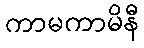
ကာမကာမိနီ